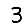
Digit: 3